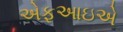
એફઆઇએ